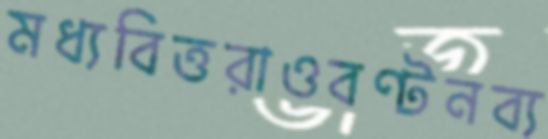
মধ্যবিত্তরাওবণ্টনব্য